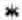
*